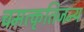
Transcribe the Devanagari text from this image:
चमत्कृतिजन्य